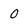
Character: 0